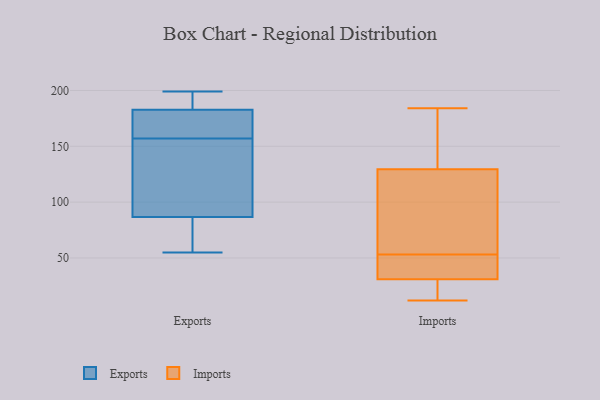
{"axis": {"x": "Active Users", "y": "Value"}, "legend": ["Exports", "Imports"], "data": [{"x": "", "y": 199, "type": "Exports"}, {"x": "", "y": 74, "type": "Exports"}, {"x": "", "y": 65, "type": "Exports"}, {"x": "", "y": 98, "type": "Exports"}, {"x": "", "y": 161, "type": "Exports"}, {"x": "", "y": 91, "type": "Exports"}, {"x": "", "y": 181, "type": "Exports"}, {"x": "", "y": 55, "type": "Exports"}, {"x": "", "y": 178, "type": "Exports"}, {"x": "", "y": 196, "type": "Exports"}, {"x": "", "y": 111, "type": "Exports"}, {"x": "", "y": 188, "type": "Exports"}, {"x": "", "y": 157, "type": "Exports"}, {"x": "", "y": 31, "type": "Imports"}, {"x": "", "y": 142, "type": "Imports"}, {"x": "", "y": 33, "type": "Imports"}, {"x": "", "y": 114, "type": "Imports"}, {"x": "", "y": 12, "type": "Imports"}, {"x": "", "y": 127, "type": "Imports"}, {"x": "", "y": 52, "type": "Imports"}, {"x": "", "y": 184, "type": "Imports"}, {"x": "", "y": 43, "type": "Imports"}, {"x": "", "y": 97, "type": "Imports"}, {"x": "", "y": 31, "type": "Imports"}, {"x": "", "y": 19, "type": "Imports"}, {"x": "", "y": 53, "type": "Imports"}, {"x": "", "y": 22, "type": "Imports"}, {"x": "", "y": 161, "type": "Imports"}, {"x": "", "y": 113, "type": "Imports"}, {"x": "", "y": 137, "type": "Imports"}]}